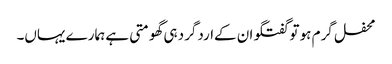
محفل گرم ہو تو گفتگو ان کےاردگرد ہی گھومتی ہے ہمارے یہاں۔